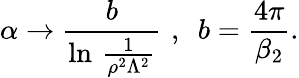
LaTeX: \alpha\rightarrow\frac b{\ln\, \frac 1{\rho^{2}\Lambda^{2}}}\, \, ,\, \, \, b=\frac{4\pi}{\beta_{2}}.